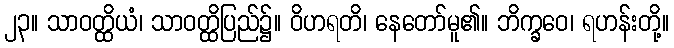
၂၃။ သာဝတ္ထိယံ၊ သာဝတ္ထိပြည်၌။ ဝိဟရတိ၊ နေတော်မူ၏။ ဘိက္ခဝေ၊ ရဟန်းတို့။